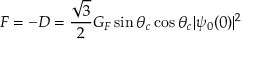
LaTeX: F = - D = { \frac { \sqrt { 3 } } { 2 } } G _ { F } \sin \theta _ { c } \cos \theta _ { c } | \psi _ { 0 } ( 0 ) | ^ { 2 }